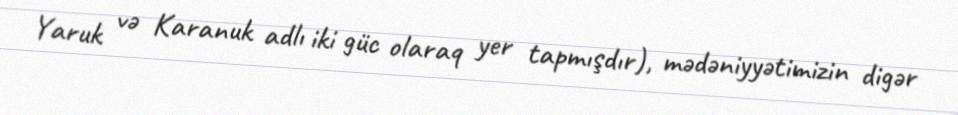
Yaruk və Karanuk adlı iki güc olaraq yer tapmışdır), mədəniyyətimizin digər